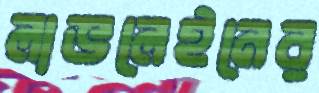
লাভলেইনের